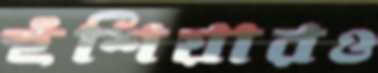
হুঁশিয়ারও